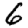
Digit: 6